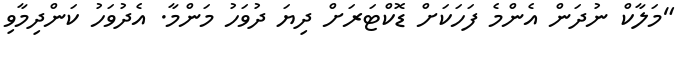
"މަލާކް ނުދަން އެންމެ ފަހަކަށް ޑޮކްޓަރަށް ދިޔަ ދުވަހު މަންމާ. އެދުވަހު ކަންދިމާވި